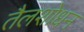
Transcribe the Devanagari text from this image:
तैलशोधन